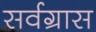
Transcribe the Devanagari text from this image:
सर्वग्रास